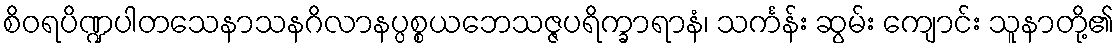
စိဝရပိဏ္ဍပါတသေနာသနဂိလာနပ္ပစ္စယဘေသဇ္ဇပရိက္ခာရာနံ၊ သင်္ကန်း ဆွမ်း ကျောင်း သူနာတို့၏